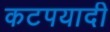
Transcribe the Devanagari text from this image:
कटपयादी